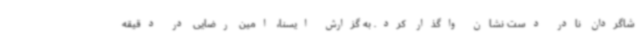
شاگردان نادر دست نشان واگذار کرد. به گزارش ایسنا، امین رضایی در دقیقه